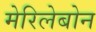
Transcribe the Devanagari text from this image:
मेरिलेबोन